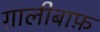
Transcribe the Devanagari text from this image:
ग़ालीबाफ़